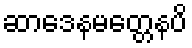
ဆာဒေနမတ္တေနပိ